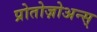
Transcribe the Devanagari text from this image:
प्रोतोज़ोअन्स्